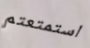
استمتعتم